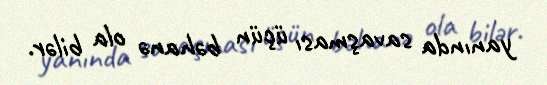
yanında savaşması üçün bəhanə ola bilər.